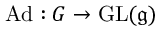
\operatorname { A d } : G \to \operatorname { G L } ( { \mathfrak { g } } )